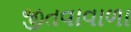
જીતવાવાળા